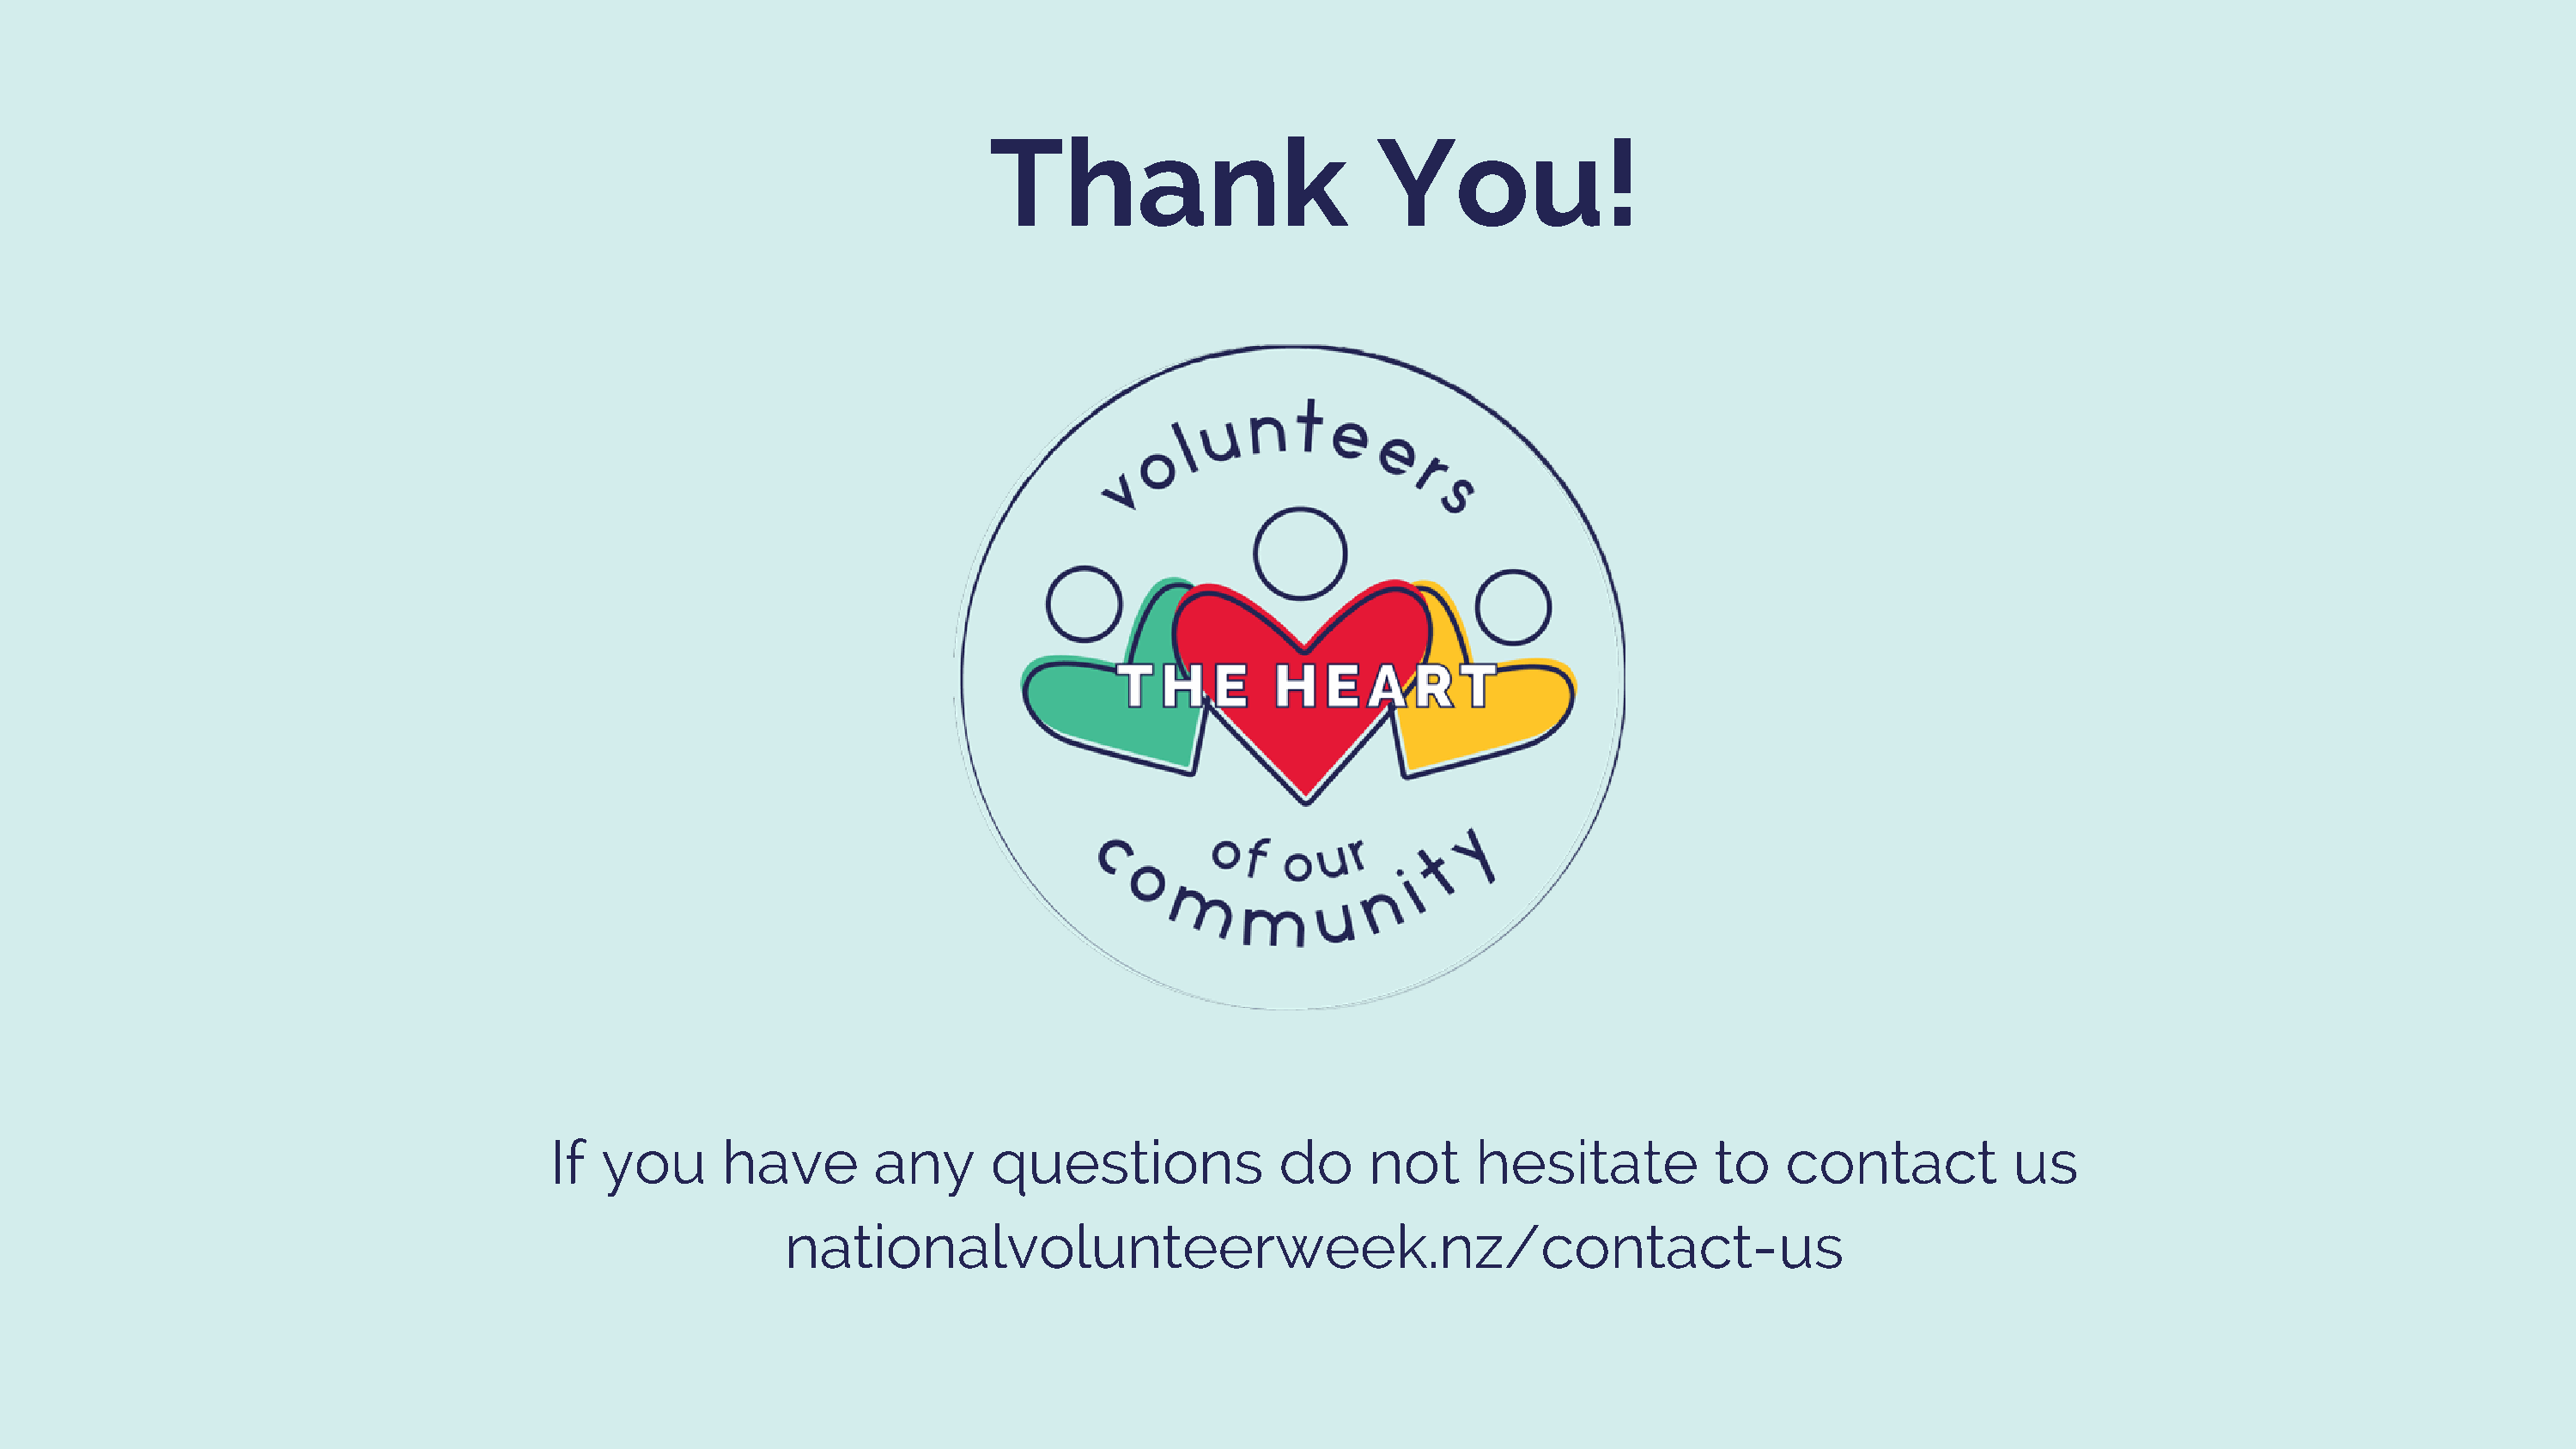
Thank                         You!
 If  you       have       any      questions              do     not     hesitate          to    contact          us
 nationalvolunteerweek.nz/contact-us